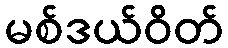
မစ်ဒယ်ဝိတ်